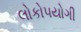
લોકો૫યોગી